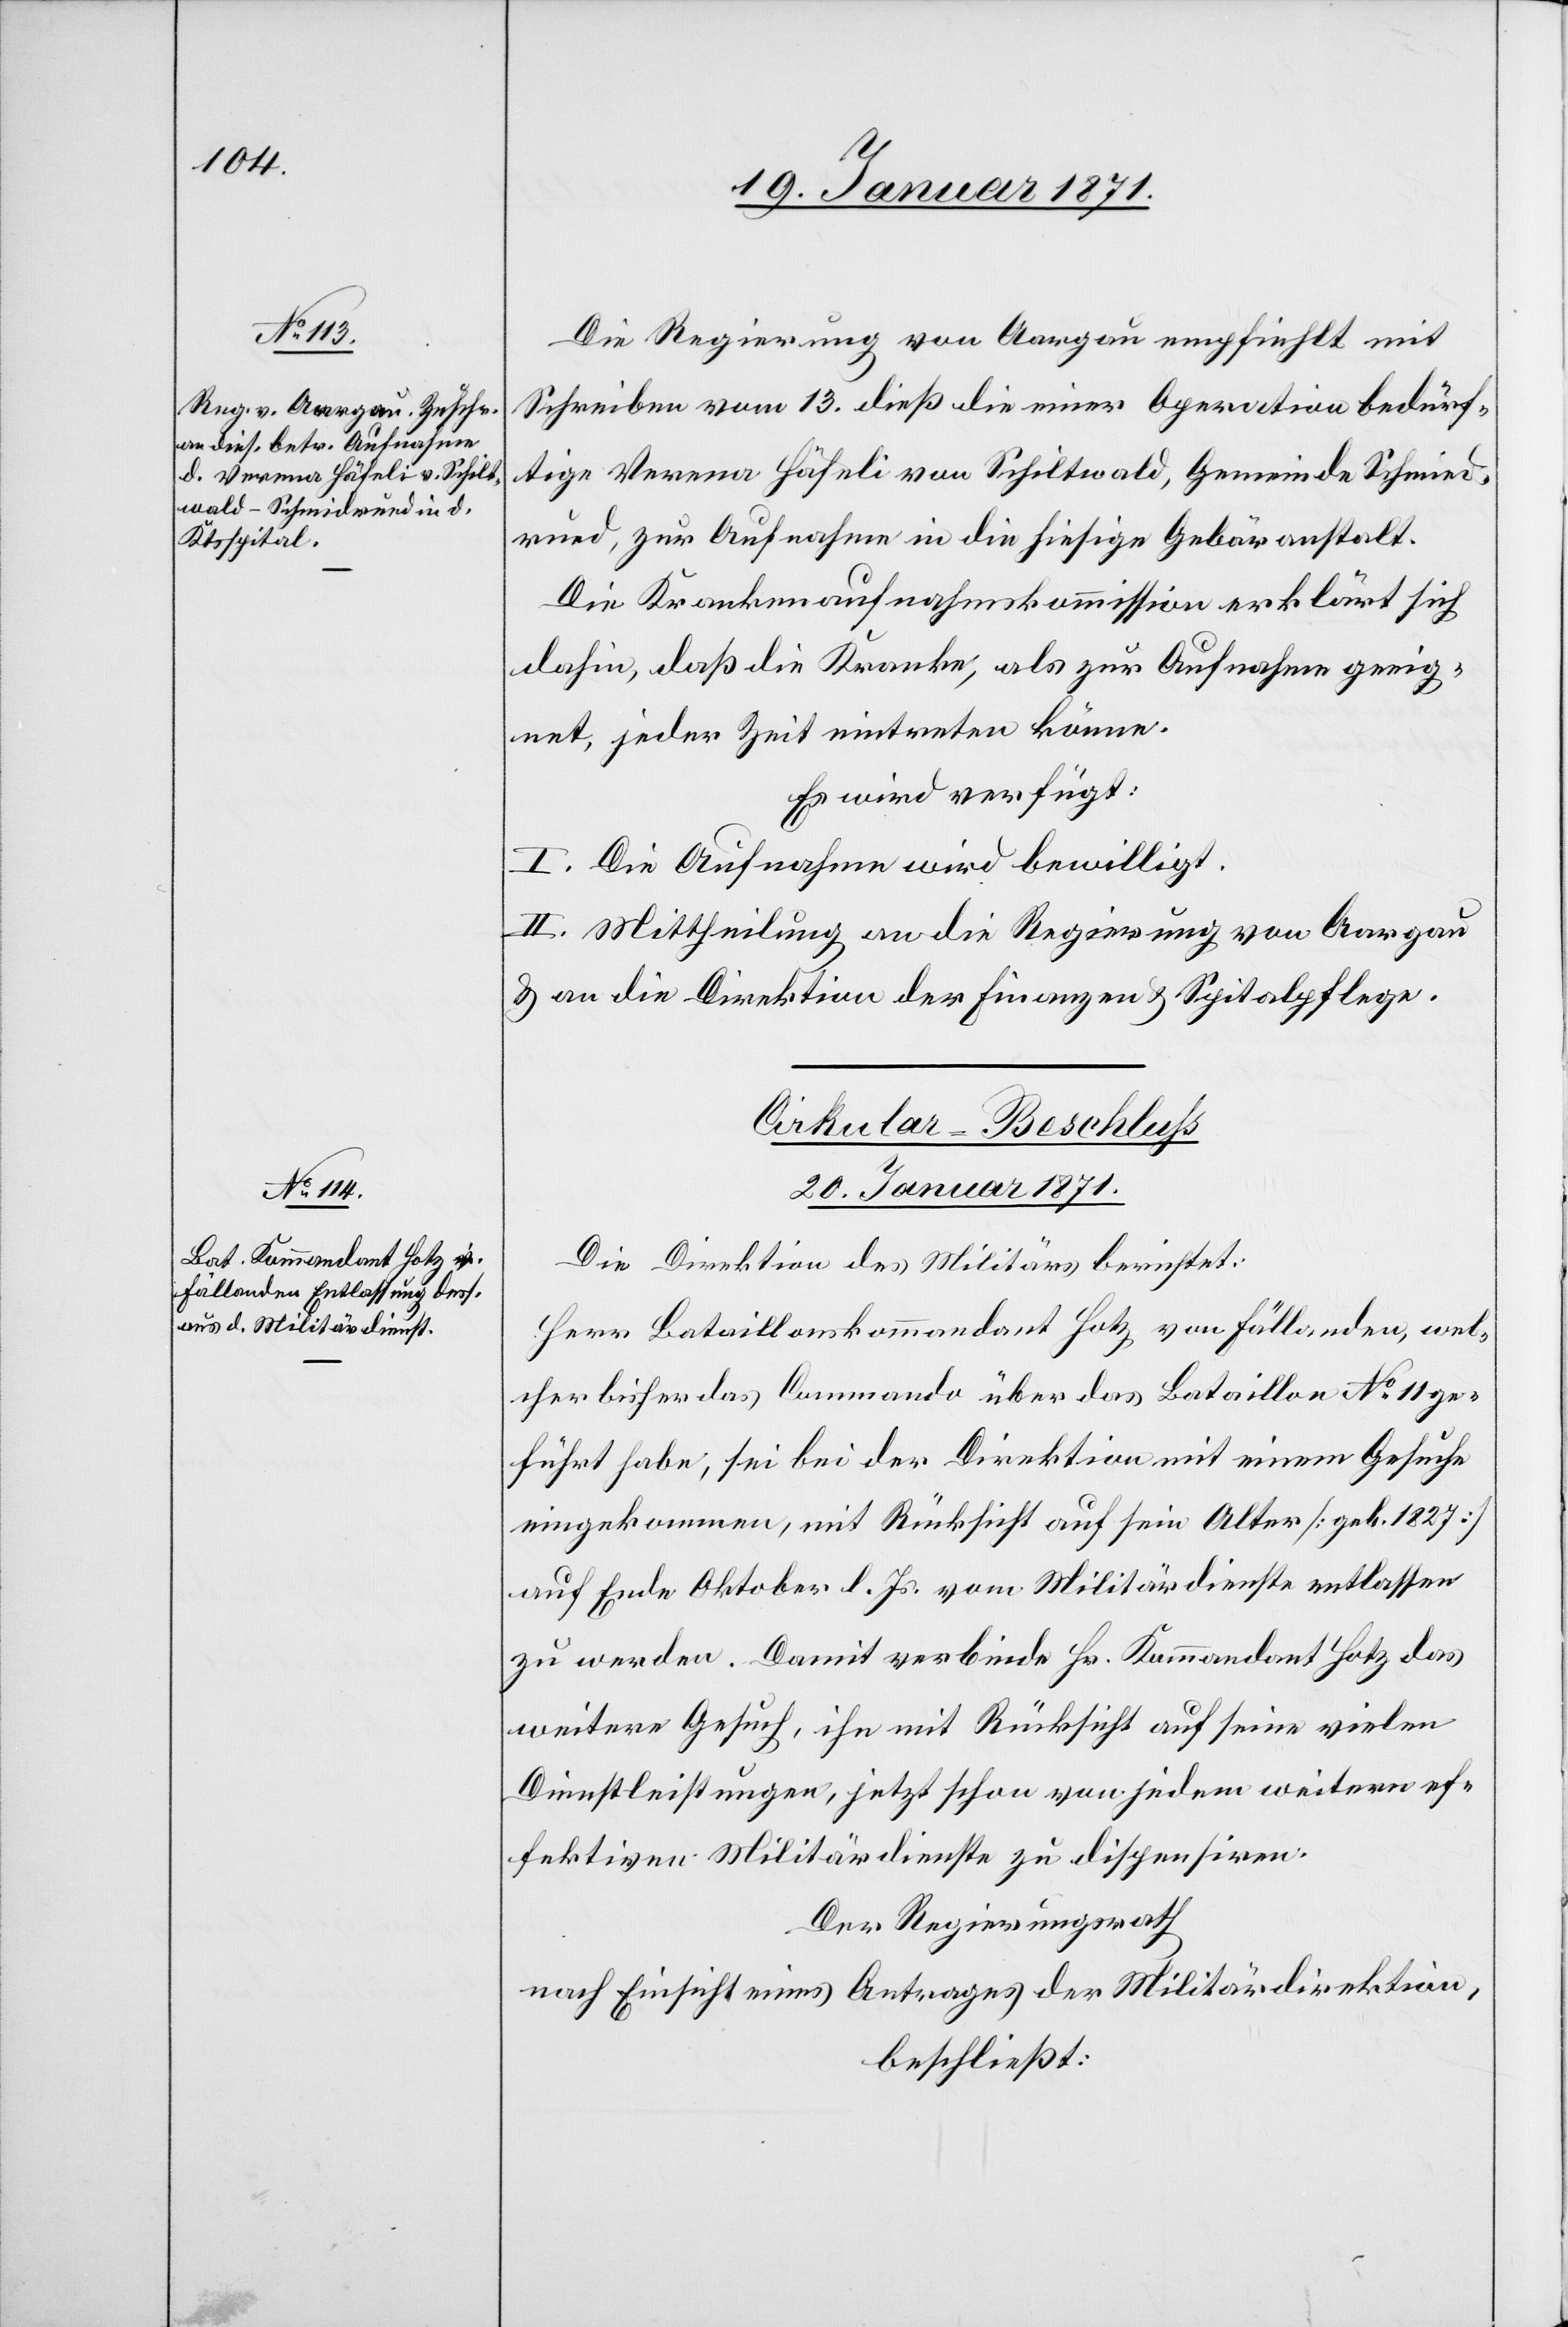
19. Januar 1871.]
Die Regierung von Aargau empfiehlt mit
Schreiben vom 13. dieß die einer Operation bedürf¬
tige Verena Häfeli von Schiltwald, Gemeinde Schmid¬
rued, zur Aufnahme in die hiesige Gebäranstalt.
Die Krankenaufnahmskommission erklärt sich
dahin, daß die Kranke, als zur Aufnahme geeig¬
net, jeder Zeit eintreten könne.
Er wird verfügt:
I. Die Aufnahme wird bewilligt.
II. Mittheilung an die Regierung von Aargau
u. an die Direktion der Finanzen und Spitalpflege.
Cirkular-Beschluß
20. Januar 1871.
Die Direktion des Militärs berichtet:
Herr Bataillonskommandant Hotz von Fällanden, wel¬
cher bisher das Commando über das Bataillon No.11 ge¬
führt habe, sei bei der Direktion mit einem Gesuche
eingekommen, mit Rücksicht auf sein Alter [geb. 1827]
auf Ende Oktober d. Js. vom Militärdienste entlassen
zu werden. Damit verbinde Hr. Kommandant Hotz das
weitere Gesuch, ihn mit Rücksicht auf seine vielen
Dienstleistungen, jetzt schon von jedem weitern ef¬
fektiven Militärdienste zu dispensiren.
Der Regierungsrath
nach Einsicht eines Antrages der Militärdirektion,
beschließt: